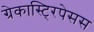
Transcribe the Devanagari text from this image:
ग्रेकास्टि्रपेसस